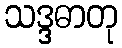
သဒ္ဒဓာတု